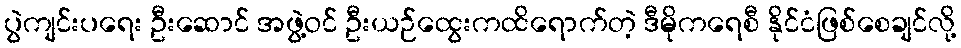
ပွဲကျင်းပရေး ဦးဆောင် အဖွဲ့ဝင် ဦးယဉ်ထွေးကထိရောက်တဲ့ ဒီမိုကရေစီ နိုင်ငံဖြစ်စေချင်လို့